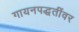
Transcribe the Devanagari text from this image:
गायनपद्धतींवर